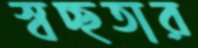
স্বচ্ছতার